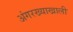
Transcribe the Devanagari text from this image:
अंगरख्याखाली